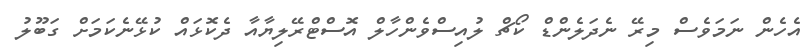
އެހެން ނަމަވެސް މިރޭ ނެދަލެންޑް ކޯޗް ލުއިސްވެންހާލް އޮސްޓްރޭލިޔާއާ ދެކޮޅައް ކުޅޭނެކަމަށް ގަބޫލު